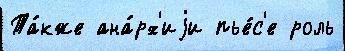
Та́кже ана́рх'иjи пье́с'е роль